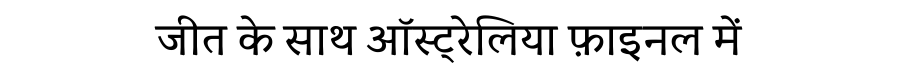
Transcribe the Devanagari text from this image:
जीत के साथ ऑस्ट्रेलिया फ़ाइनल में